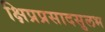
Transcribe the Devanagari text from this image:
क्षिप्रप्रसादसुलभ